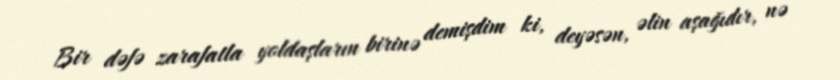
Bir dəfə zarafatla yoldaşların birinə demişdim ki, deyəsən, əlin aşağıdır, nə